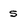
Character: 5